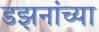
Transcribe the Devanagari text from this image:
डझनांच्या